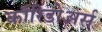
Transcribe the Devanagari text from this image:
कॉरिडोअर्स